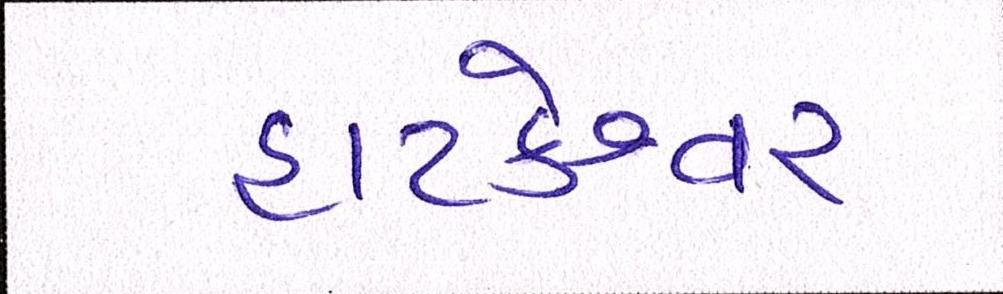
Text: હાટકેશ્વર